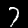
Digit: 7